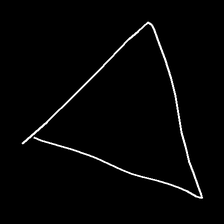
Glyph: convergence